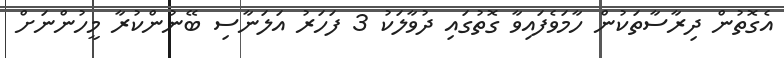
އެގޮތުން ދިރާސާތަކުން ހާމަވެފައިވާ ގޮތުގައި ދުވާލަކު 3 ފަހަރު އަލަނާސި ބޭނުންކުރާ މީހުންނަށް